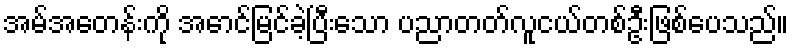
အမ်အေတန်းကို အောင်မြင်ခဲ့ပြီးသော ပညာတတ်လူငယ်တစ်ဦးဖြစ်ပေသည်။